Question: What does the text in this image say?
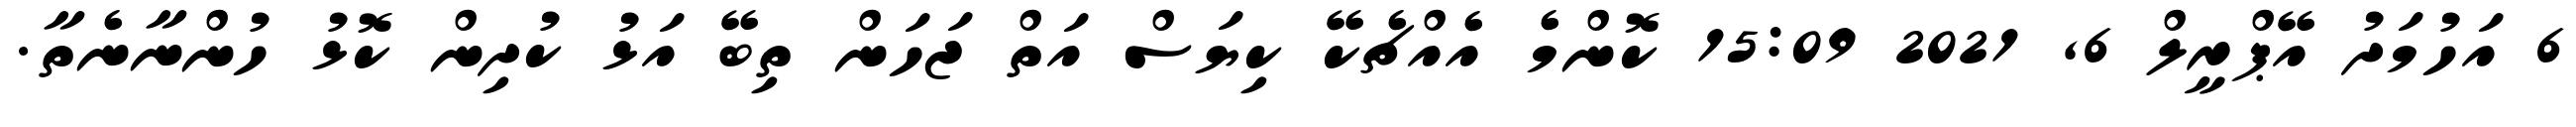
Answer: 6 އަހުމަދު އޭޕްރީލް 6, 2021 15:09 ކޮންމެ އެއްޗެކޭ ކިޔަސް އަތް ޖަހަން ތިބޭ އަޅު ކުދިން ކޮޅު ހުންނާނެތާ.